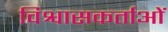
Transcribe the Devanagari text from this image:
विश्वासकर्ताओं